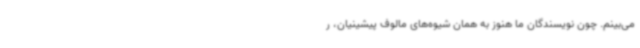
می‌بینم. چون نویسندگان ما هنوز به همان شیوه‌های مالوف پیشینیان، ر